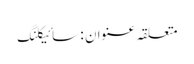
متعلقہ عنوان : سائیکلنگ